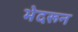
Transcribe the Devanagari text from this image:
भेदरून